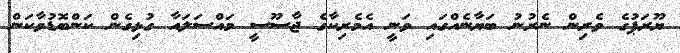
ޔޫރަޕުގެ ވެރިން ނެރުނު ބަޔާނެއްގައި ވަނީ އެމެރިކާގެ ޖާސޫސީ މައްސަލައާ ގުޅިގެން ކަންބޮޑުވާކަން